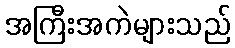
အကြီးအကဲများသည်